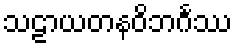
သဠာယတနဝိဘင်္ဂဿ